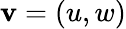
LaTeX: \mathbf{v}=(u,w)